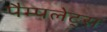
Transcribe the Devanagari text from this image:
पैम्पलेट्स